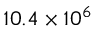
1 0 . 4 \times 1 0 ^ { 6 }